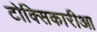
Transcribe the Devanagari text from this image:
टोक्सिकारीआ